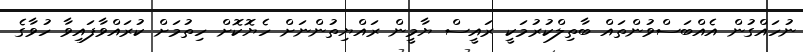
ނުހައްގުން އެއްބަސްވުންތައް ބާތިލްކުރުމަކީ ރައީސް ޔާމީން ރައްޔިތުންނަށް ހެޔޮކޮށް ހިތުމަށް ކުރައްވާފައިވާ ހުވާގެ